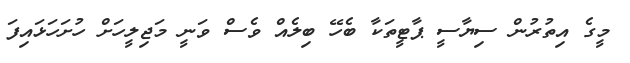
މީގެ އިތުރުން ސިޔާސީ ޕާޓީތަކާ ބެހޭ ބިލެއް ވެސް ވަނީ މަޖިލީހަށް ހުށަހަޅައިފަ